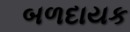
બળદાયક